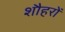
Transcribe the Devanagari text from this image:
शौहरों